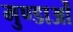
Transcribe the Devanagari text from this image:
मुण्डाओं